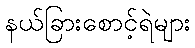
နယ်ခြားစောင့်ရဲများ